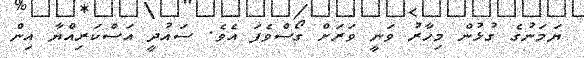
ޔަމަނުގެ ގުޅުން މިހާރު ވަނީ ވަރަށް ގޯސްވެފަ އެވެ. ސައުދީ އަސްކަރިއްޔާ އިން